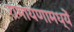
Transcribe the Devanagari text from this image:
रामायणामध्यें